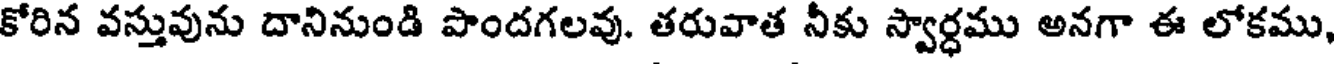
కోరిన వస్తువును దానినుండి పొందగలవు. తరువాత నీకు స్వార్ధము అనగా ఈ లోకము,